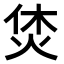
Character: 𤈢